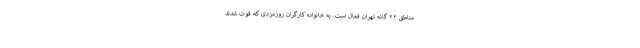
مناطق ۲۲ گانه تهران فعال است. به خانواده کارگران روزمزدی که فوت شدند